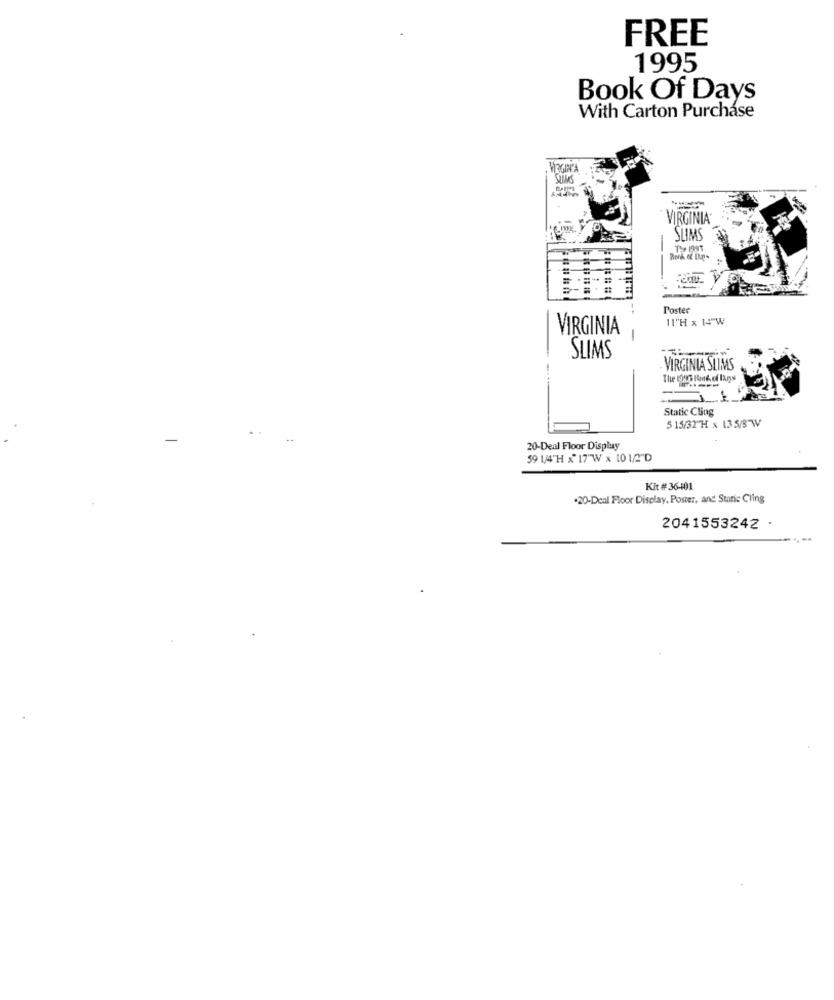
FREE
1995
Book Of Days
With Carton Purchase
VaCIRCA
VIRGINIA
SLIMS
=
Poster
11"H x 14 W
VIRGINIA
-
-4:
SLIMS
VIRGINIA SLIMS
Static Cling
515/32"H x 13 5/8 W
20-Deal Floor Display
59 14TH X 17"W x 10 1/2"D
Kit # 36401
.20-Deal Floor Display, Poster, and Static Cling
2041553242